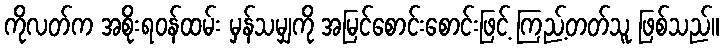
ကိုလတ်က အစိုးရဝန်ထမ်း မှန်သမျှကို အမြင်စောင်းစောင်းဖြင့် ကြည့်တတ်သူ ဖြစ်သည်။